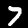
Label: 7